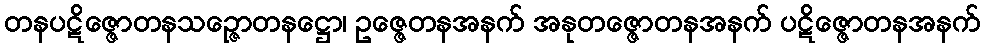
တနပဋိဇ္ဇောတနသဉ္ဇောတနဋ္ဌော၊ ဥဇ္ဇေတနအနက် အနုတဇ္ဇောတနအနက် ပဋိဇ္ဇောတနအနက်